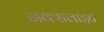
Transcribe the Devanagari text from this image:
नक्सलाइट